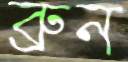
ব্রুন